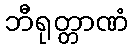
ဘီရုတ္တာဏံ